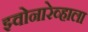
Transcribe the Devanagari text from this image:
झ्वोनारेव्हाला